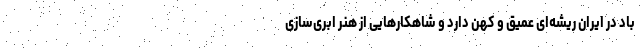
باد در ایران ریشه‌ای عمیق و کهن دارد و شاهکارهایی از هنر ابری‌سازی